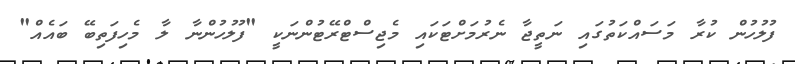
ފުލުހުން ކުރާ މަސައްކަތުގައި ނަތީޖާ ނެރުމަށްޓަކައި މެޖިސްޓްރޭޓުންނަކީ "ފުލުހުންނާ ލާ މެހިފަތިބޭ ބައެއް"